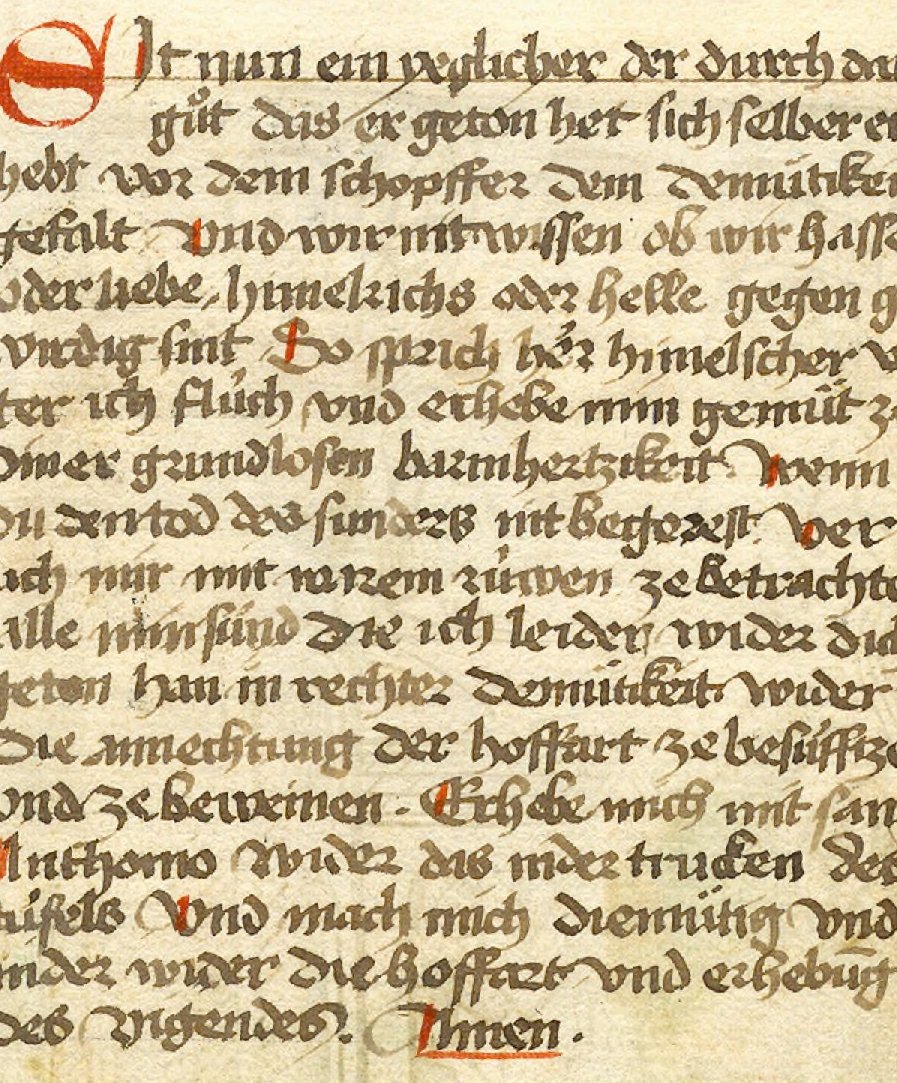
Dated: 1460–1490